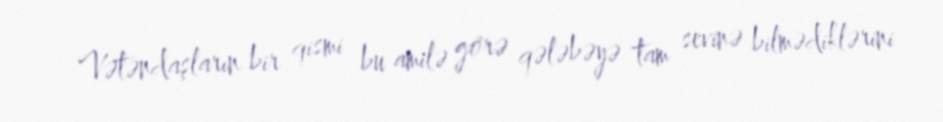
Vətəndaşların bir qismi bu amilə görə qələbəyə tam sevinə bilmədiklərini